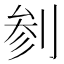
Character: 𱐠